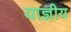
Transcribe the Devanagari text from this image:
याज्ञीय